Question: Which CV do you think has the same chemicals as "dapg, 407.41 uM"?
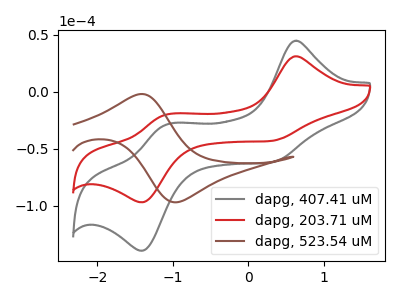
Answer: <think>The gray curve "dapg, 407.41 uM" has anodic peaks at (0.60V, 44.65uA) (-1.10V, -28.65uA) and cathodic peaks at (0.30V, -62.15uA) (-1.40V, -139.35uA). The red curve "dapg, 203.71 uM" has anodic peaks at (0.60V, 31.05uA) (-1.10V, -19.90uA) and cathodic peaks at (0.30V, -43.20uA) (-1.40V, -96.90uA). The brown curve "dapg, 523.54 uM" has an anodic peak at (-1.40V, -2.00uA) and a cathodic peak at (-0.95V, -96.90uA).
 All the peaks in "dapg, 407.41 uM" have a peak in "dapg, 203.71 uM" at the same potential. "dapg, 407.41 uM" and "dapg, 523.54 uM" have a different number of peaks. "dapg, 203.71 uM" and "dapg, 523.54 uM" have a different number of peaks.</think>
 <answer>The CV with the most similar shape to "dapg, 203.71 uM" is "dapg, 407.41 uM".</answer>
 <eval>"dapg, 407.41 uM"</eval>